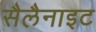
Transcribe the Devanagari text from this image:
सैलैनाइट